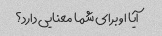
آیا او برای شما معنایی دارد؟